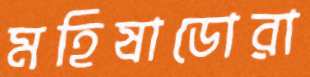
মহিষাডোরা